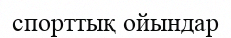
спорттық ойындар